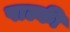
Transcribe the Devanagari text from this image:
पाल्की